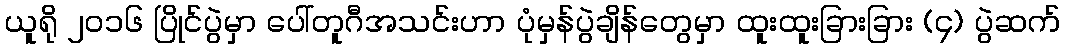
ယူရို ၂၀၁၆ ပြိုင်ပွဲမှာ ပေါ်တူဂီအသင်းဟာ ပုံမှန်ပွဲချိန်တွေမှာ ထူးထူးခြားခြား (၄) ပွဲဆက်